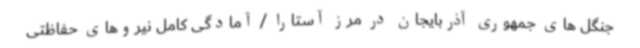
جنگل های جمهوری آذربایجان در مرز آستارا / آمادگی کامل نیروهای حفاظتی